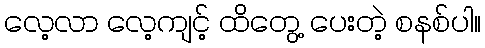
လေ့လာ လေ့ကျင့် ထိတွေ့ ပေးတဲ့ စနစ်ပါ။